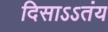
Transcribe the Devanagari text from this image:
दिसाऽऽतंय